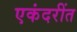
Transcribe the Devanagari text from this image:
एकंदरींत